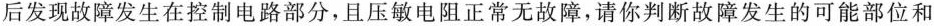
后发现故障发生在控制电路部分，且压敏电阻正常无故障，请你判断故障发生的可能部位和